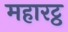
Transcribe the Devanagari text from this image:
महारट्ठ